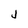
Character: j